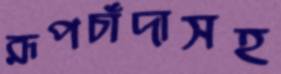
রূপচাঁদাসহ